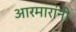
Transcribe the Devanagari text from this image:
आरमारांनी